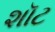
શૉટ